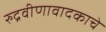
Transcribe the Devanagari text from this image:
रुद्रवीणावादकाचे